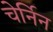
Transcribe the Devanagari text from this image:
चेर्निन